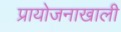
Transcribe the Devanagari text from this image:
प्रायोजनाखाली